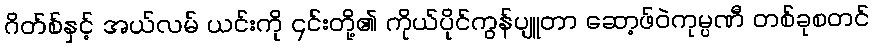
ဂိတ်စ်နှင့် အယ်လမ် ယင်းကို ၎င်းတို့၏ ကိုယ်ပိုင်ကွန်ပျူတာ ဆော့ဖ်ဝဲကုမ္ပဏီ တစ်ခုစတင်